Report on malaria in the Punjab during the year ...  together with an account of the work of the Punjab Malaria Bureau - Volume 5
Disease focus: Malaria
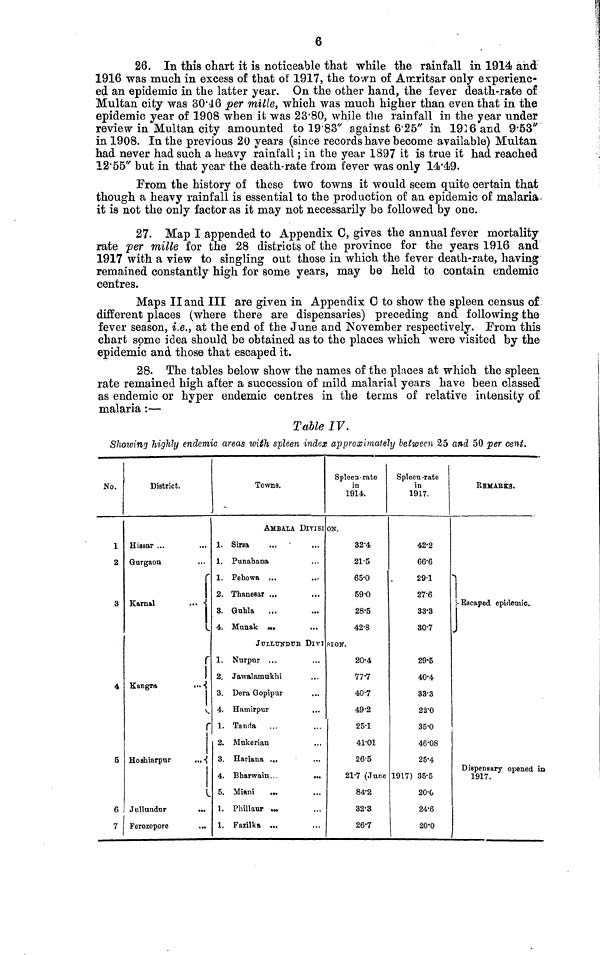
26. In this chart it is noticeable that while the rainfall in 1914 and
1916 was much in excess of that of 1917, the town of Amritsar only experienc-
ed an epidemic in the latter year. On the other hand, the fever death-rate of
Multan city was 30.46 per mille, which was much higher than even that in the
epidemic year of 1908 when il was 23.80, while the rainfall in the year under
review in Multan city amounted to 1983" against 6'25" in 1916 and 9.53"
in 1908. In the previous 20 years (since records have become available) Multan
had never had such a heavy rainfall ; in the year 1897 it is true it had reached
12.55" but in that year the death-rate from fever was only 14.49.
From the history of these two towns it would seem quite certain that
though a heavy rainfall is essential to the production of an epidemic of malaria-
it is not the only factor as it may not necessarily be followed by one.
27. Map I appended to Appendix 0, gives the annual fever mortality
rate fer mille for the 28 districts of the province for the years 1916 and
1917 with a view to singling out those in which the fever death-rate, having
remained constantly high for some years, may be held to contain endemic
centres.
Maps II and III are given in Appendix 0 to show the spleen census of
different places (where there are dispensaries) preceding and following the
fever season, i.e., at the end of the June and November respectively. From this
chart some idea should be obtained as to the places which were visited by the
epidemic and those that escaped it.
28. The tables below show the names of the places at which the spleen
rate remained high after a succession of mild malarial years have been classed'
as endemic or hyper endemic centres in the terms of relative intensity of
malaria :—
Table IV.
Showing highly endemic areas with spleen index approximately between 25 and 50 per cent.
No.
1
2
3
4
5
6
7
District.
Hissar ...
Gurgaon
Karnal
...
Kangra
...
r
Hoshiarpur
...
Jullundur
...
Ferozepore
...
Towns.
AMBALA DIVISI
1. Sirsa
1. Punahana
1. Pehowa ...
2. Thanear ,..
3. Guhla
4. Munak ...
JUILUNDUR DlVI
1. Nurpur ...
2. Jawalamukhi
3. Dera Gopipur
4. Hamirpur
1. Tanda
2. Mukerian
3. Hariana ...
4. Bharwain...
...
5. Miani
...
1. Phillaur ...
1. Fazilka ...
Spleen-rate
in
1914.
ON.
32.4
21.5
65.0
59.0
28.5
42.8
SION.
20.4
77.7
40.7
49.2
25.1
41.01
26.5
21.7 (June
84.2
32.3
26.7
Spleen.rate
in
1917.
422
66.6
29.1
27.6
33.3
30.7
29.5
40.4
33.3
22.0
35.0
46.08
25.4
1917) 35.5
20.0
24.6
20.0
REMARKS.
Escaped epidemic.
Dispensary opened in
1917.